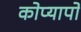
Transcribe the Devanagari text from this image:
कोप्यापो